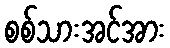
စစ်သားအင်အား